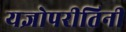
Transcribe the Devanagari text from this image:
यज्ञोपरीतिनी